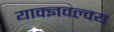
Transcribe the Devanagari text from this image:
याक्ज्ञवल्क्य